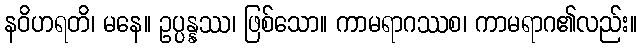
နဝိဟရတိ၊ မနေ။ ဥပ္ပန္နဿ၊ ဖြစ်သော။ ကာမရာဂဿစ၊ ကာမရာဂ၏လည်း။